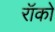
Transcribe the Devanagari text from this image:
रॉको